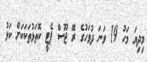
މިދިޔަ މަހު 19 ވަނަ ދުވަހުގެ ރޭ ޖޫސް ޕެޓީ ކޮތަޅުތަކަކަށް ކަޅު